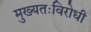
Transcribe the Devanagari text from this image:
मुख्यतःविरोधी